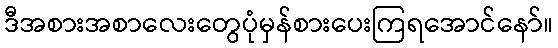
ဒီအစားအစာလေးတွေပုံမှန်စားပေးကြရအောင်နော်။